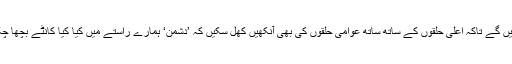
دوسرے لفظوں میں تمام ’زمینی ٹھوس حقائق‘ عوام کے سامنے لائے جا سکیں گے تاکہ اعلیٰ حلقوں کے ساتھ ساتھ عوامی حلقوں کی بھی آنکھیں کھل سکیں کہ ’دشمن‘ ہمارے راستے میں کیا کیا کانٹے بچھا چکے ہیں اور کیسے کیسے کانٹے ابھی تک ان کے دلوں میں کھٹک رہے ہیں!